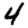
Digit: 4